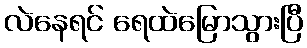
လဲနေရင် ရေထဲမြောသွားပြီ